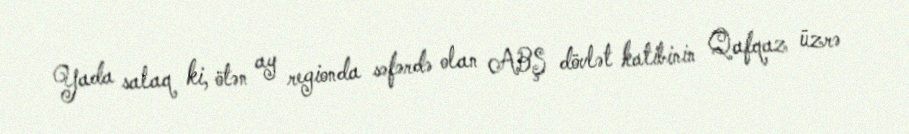
Yada salaq ki, ötən ay regionda səfərdə olan ABŞ dövlət katibinin Qafqaz üzrə